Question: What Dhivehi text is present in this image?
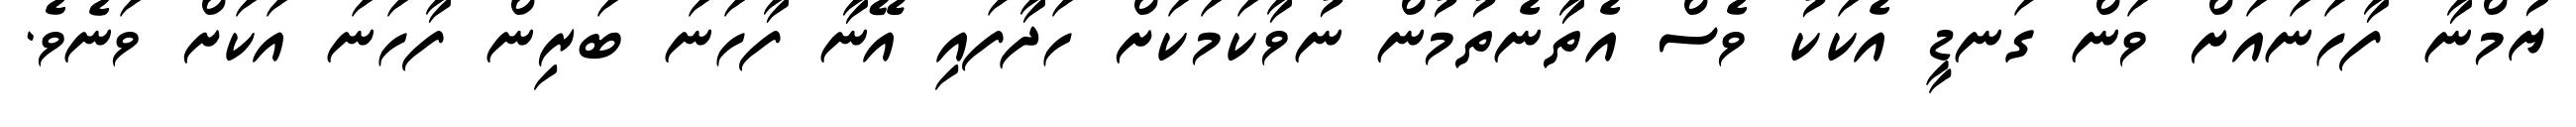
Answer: ޔުމްނާ ފާހަނައަށް ވަން ގަނޑީ އެކަކު ވެސް އެތާނެތުމުން ނުވާކަމަކަށް ހަދާފައި އޭނާ ފާހަނަ ބަރިން ފާހަނަ އަކަށް ވަނެވެ.